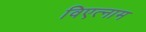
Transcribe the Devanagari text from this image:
विएत्नाम